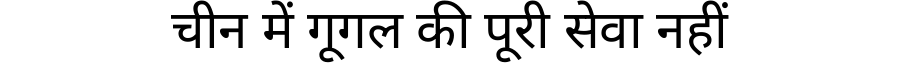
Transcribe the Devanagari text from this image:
चीन में गूगल की पूरी सेवा नहीं